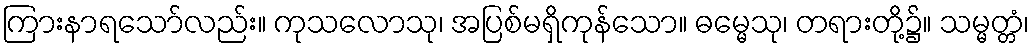
ကြားနာရသော်လည်း။ ကုသလောသု၊ အပြစ်မရှိကုန်သော။ ဓမ္မေသု၊ တရားတို့၌။ သမ္မတ္တံ၊